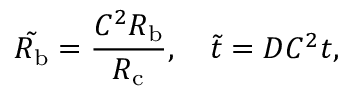
\tilde { R _ { \mathrm { b } } } = \frac { C ^ { 2 } R _ { \mathrm { b } } } { R _ { \mathrm { c } } } , \quad \tilde { t } = D C ^ { 2 } t ,